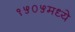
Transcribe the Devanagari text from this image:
१५०५मध्ये